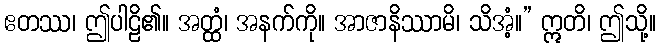
ဧတဿ၊ ဤပါဠိ၏။ အတ္ထံ၊ အနက်ကို။ အာဇာနိဿာမိ၊ သိအံ့။” ဣတိ၊ ဤသို့။